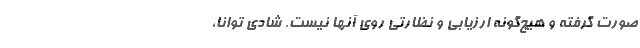
صورت گرفته و هیچ‌گونه ارزیابی و نظارتی روی آنها نیست. شادی توانا،